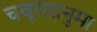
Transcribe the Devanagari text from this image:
चबूतरानुमा